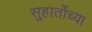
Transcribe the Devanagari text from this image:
सुहार्तोच्या